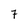
Character: 7